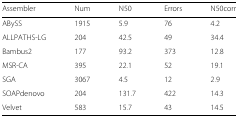
<table><thead><tr><td><b>Assembler</b></td><td><b>Num</b></td><td><b>N50</b></td><td><b>Errors</b></td><td><b>N50corr</b></td></tr></thead><tbody><tr><td>ABySS</td><td>1915</td><td>5.9</td><td>76</td><td>4.2</td></tr><tr><td>ALLPATHS-LG</td><td>204</td><td>42.5</td><td>49</td><td>34.4</td></tr><tr><td>Bambus2</td><td>177</td><td>93.2</td><td>373</td><td>12.8</td></tr><tr><td>MSR-CA</td><td>395</td><td>22.1</td><td>52</td><td>19.1</td></tr><tr><td>SGA</td><td>3067</td><td>4.5</td><td>12</td><td>2.9</td></tr><tr><td>SOAPdenovo</td><td>204</td><td>131.7</td><td>422</td><td>14.3</td></tr><tr><td>Velvet</td><td>583</td><td>15.7</td><td>43</td><td>14.5</td></tr></tbody></table>